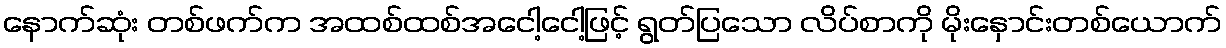
နောက်ဆုံး တစ်ဖက်က အထစ်ထစ်အငေါ့ငေါ့ဖြင့် ရွတ်ပြသော လိပ်စာကို မိုးနှောင်းတစ်ယောက်